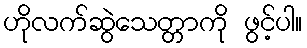
ဟိုလက်ဆွဲသေတ္တာကို ဖွင့်ပါ။